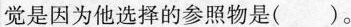
觉是因为他选择的参照物是( )。